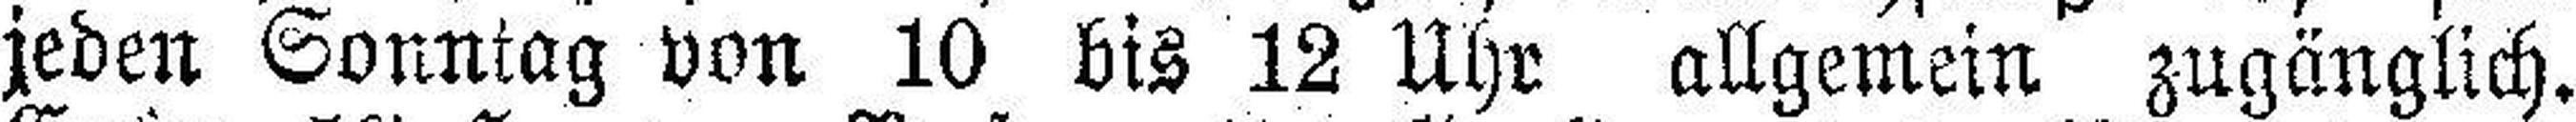
jeden Sonntag von 10 bis 12 Uhr allgemein zugänglich.